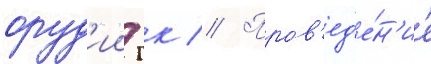
оруд'ии гк // Пров'ед'е́н'ие